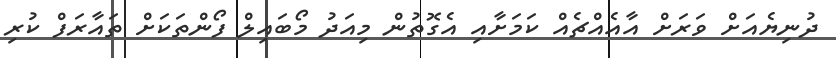
ދުނިޔެއަށް ވަރަށް އާއެއްޗެއް ކަމަށާއި އެގޮތުން މިއަދު މޯބައިލް ފޯންތަކަށް ތައާރަފް ކުރި